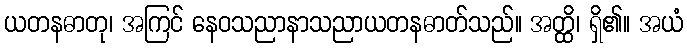
ယတနဓာတု၊ အကြင် နေဝသညာနာသညာယတနဓာတ်သည်။ အတ္ထိ၊ ရှိ၏။ အယံ